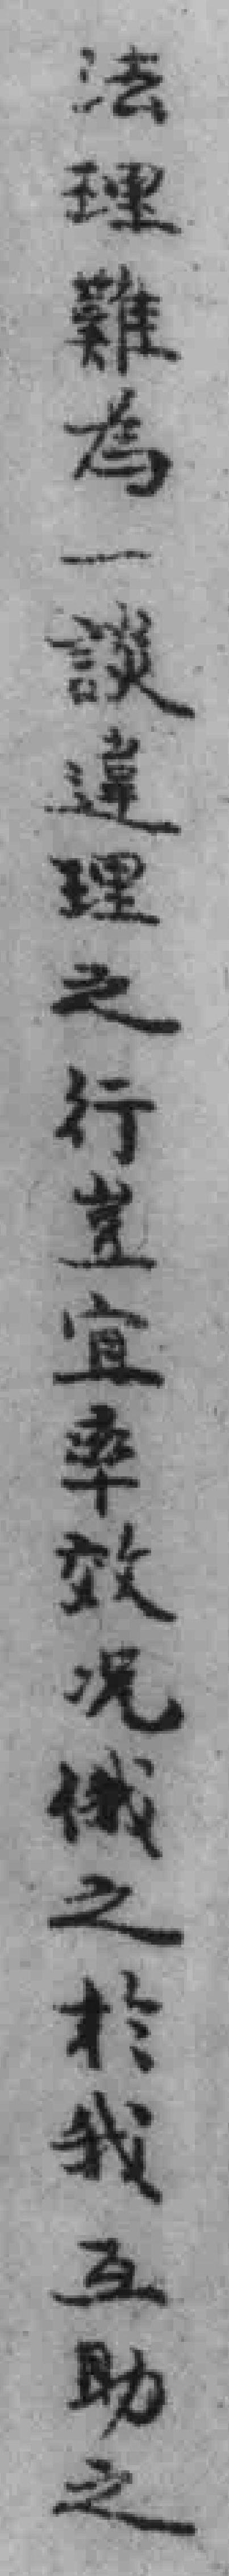
法理難為一談違理之行豈宜率效况俄之於我互助之